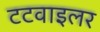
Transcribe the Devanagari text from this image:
टटवाइलर